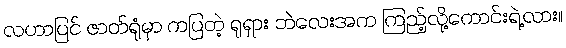
လဟာပြင် ဇာတ်ရုံမှာ ကပြတဲ့ ရုရှား ဘဲလေးအက ကြည့်လို့ကောင်းရဲ့လား။